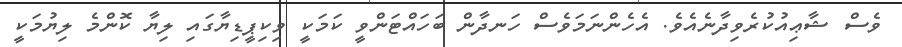
ވެސް ޝާޢިއުކުރެވިދާނެއެވެ. އެހެންނަމަވެސް ހަނދާން ބަހައްޓަންވީ ކަމަކީ ވިކިޕީޑިޔާގައި ލިޔާ ކޮންމެ ލިޔުމަކީ